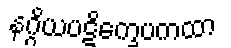
နဂ္ဂိယပဋိက္ခေပကထာ